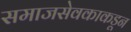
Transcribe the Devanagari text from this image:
समाजसेवकाकडून